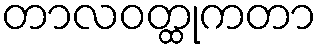
တာလဝတ္ထုကတာ